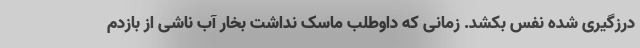
درزگیری شده نفس بکشد. زمانی که داوطلب ماسک نداشت بخار آب ناشی از بازدم